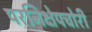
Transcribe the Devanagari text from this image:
परनिक्षेपचोरी